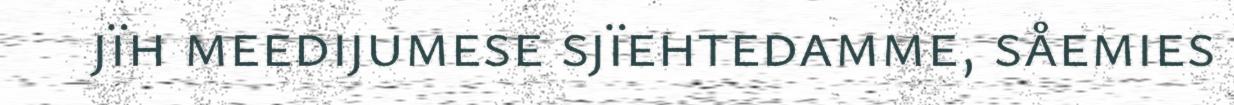
jïh meedijumese sjïehtedamme, såemies